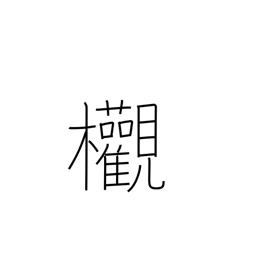
Meaning: zelkova tree